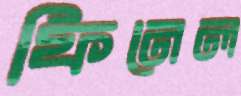
ফিনেল